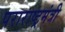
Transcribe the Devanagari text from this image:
पराराष्ट्रमंत्री